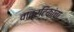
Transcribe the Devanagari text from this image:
वात्रटिकांचा